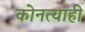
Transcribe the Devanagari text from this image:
कोनत्याही